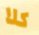
كلا